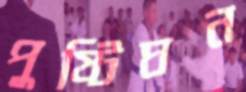
পুষ্টিঘন